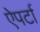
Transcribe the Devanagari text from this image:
ऐपर्टा